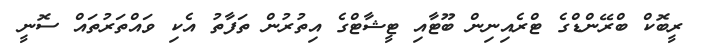
ރީބޮކް ބްރޭންޑްގެ ޓްރެއިނިން ބޫޓާއި ޓީޝާޓްގެ އިތުރުން ތަފާތު އެކި ވައްތަރުތައް ސޮނީ